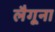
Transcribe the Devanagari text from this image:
लैगूना